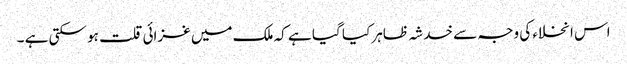
اس انخلاء کی وجہ سے خدشہ ظاہر کیا گیا ہے کہ ملک میں غزائی قلت ہو سکتی ہے ۔